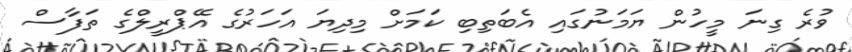
ވުރެ ގިނަ މީހުން ޔަމަނުގައި އެބަތިބި ކަމަށް މިދިޔަ އަހަރުގެ އޭޕްރީލްގެ ތަފާސް